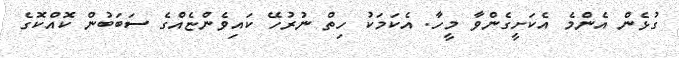
ގުޅެން އެންމެ އެކަށީގެންވާ މީހާ. އެކަމަކު ހިތް ނުރުހޭ ކައިވެންޏެއްގެ ސަބަބުން ކޮއްކޮގެ